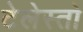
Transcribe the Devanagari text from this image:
टेलेस्तो